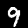
Label: 9